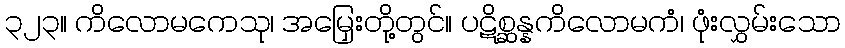
၃၂၃။ ကိလောမကေသု၊ အမြှေးတို့တွင်။ ပဋိစ္ဆန္နကိလောမကံ၊ ဖုံးလွှမ်းသော